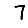
Digit: 7